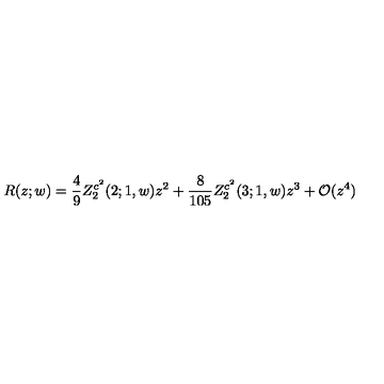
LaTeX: R ( z ; w ) = \frac { 4 } { 9 } Z _ { 2 } ^ { c ^ { 2 } } ( 2 ; 1 , w ) z ^ { 2 } + \frac { 8 } { 1 0 5 } Z _ { 2 } ^ { c ^ { 2 } } ( 3 ; 1 , w ) z ^ { 3 } + { \cal O } ( z ^ { 4 } )